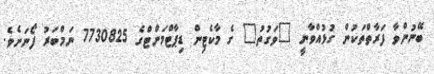
ބޭނުންވާ ފަރާތްތަކުން ގުޅުއްވާނީ "ވަގުތު" ގެ މާކެޓިން ޑިޕާޓްމަންޓްގެ 7730825 ނަމްބަރު ފޯނަށެވެ.